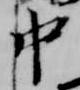
中